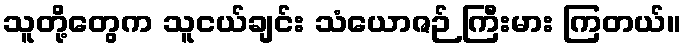
သူတို့တွေက သူငယ်ချင်း သံယောဇဉ် ကြီးမား ကြတယ်။